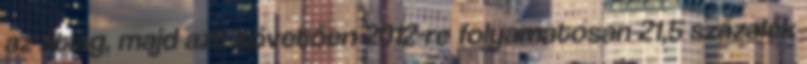
az átlag, majd azt követően 2012-re folyamatosan 21,5 százalék